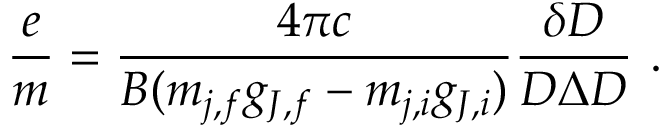
{ \frac { e } { m } } = { \frac { 4 \pi c } { B ( m _ { j , f } g _ { J , f } - m _ { j , i } g _ { J , i } ) } } { \frac { \delta D } { D \Delta D } } \ .